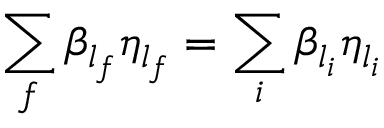
\sum _ { f } \beta _ { l _ { f } } \eta _ { l _ { f } } = \sum _ { i } \beta _ { l _ { i } } \eta _ { l _ { i } }